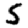
Digit: 5